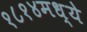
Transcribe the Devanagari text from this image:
१८१४मध्ये